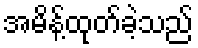
အမိန့်ထုတ်ခဲ့သည်